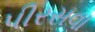
પીરસવા